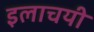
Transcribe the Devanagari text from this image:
इलाचयी